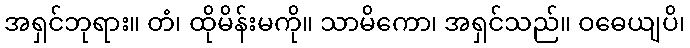
အရှင်ဘုရား။ တံ၊ ထိုမိန်းမကို။ သာမိကော၊ အရှင်သည်။ ဝဓေယျပိ၊